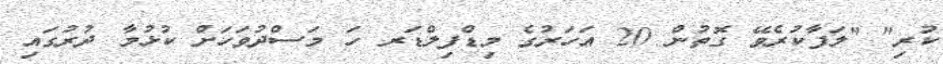
ކުރި" "ލަފާކުރެވޭ ގޮތުން 20 އަހަރުގެ މިޑްފިލްޑަރ ހަ މަސްދުވަހަށް ކުޅުމާ ދުރުގައި